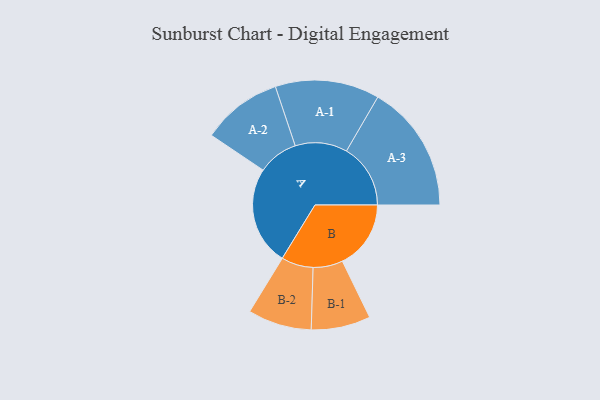
{"axis": {"x": "Segment", "y": "Value"}, "legend": ["", "A", "B"], "data": [{"x": "A", "y": 440, "type": ""}, {"x": "B", "y": 305, "type": ""}, {"x": "A-1", "y": 232, "type": "A"}, {"x": "A-2", "y": 179, "type": "A"}, {"x": "A-3", "y": 285, "type": "A"}, {"x": "B-1", "y": 132, "type": "B"}, {"x": "B-2", "y": 142, "type": "B"}]}